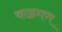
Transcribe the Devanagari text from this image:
काष्ठगण